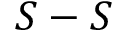
S - S